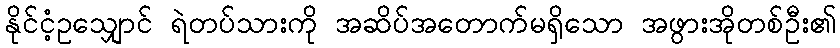
နိုင်ငံ့ဥသျှောင် ရဲတပ်သားကို အဆိပ်အတောက်မရှိသော အဖွားအိုတစ်ဦး၏